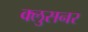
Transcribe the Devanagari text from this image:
क्लुसनर